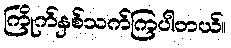
ကြိုက်နှစ်သက်ကြပါတယ်။